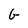
Character: G